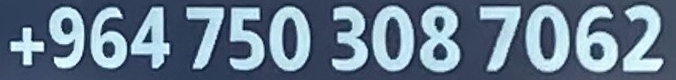
+9647503087062